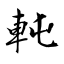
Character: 軘